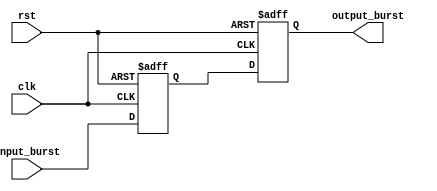
module BurstSynchronizer (
    input wire clk,
    input wire rst,
    input wire [7:0] input_burst,
    output wire [7:0] output_burst
);

reg [7:0] input_burst_reg;
reg [7:0] output_burst_reg;

always @(posedge clk or posedge rst) begin
    if (rst) begin
        input_burst_reg <= 8'b0;
        output_burst_reg <= 8'b0;
    end else begin
        input_burst_reg <= input_burst;
        
        // Synchronization logic here
        
        output_burst_reg <= input_burst_reg;
    end
end

assign output_burst = output_burst_reg;

endmodule